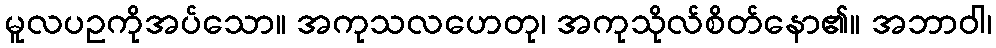
မူလပဥကိုအပ်သော။ အကုသလဟေတု၊ အကုသိုလ်စိတ်နော၏။ အဘာဝါ၊